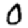
Digit: 0